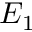
E _ { 1 }